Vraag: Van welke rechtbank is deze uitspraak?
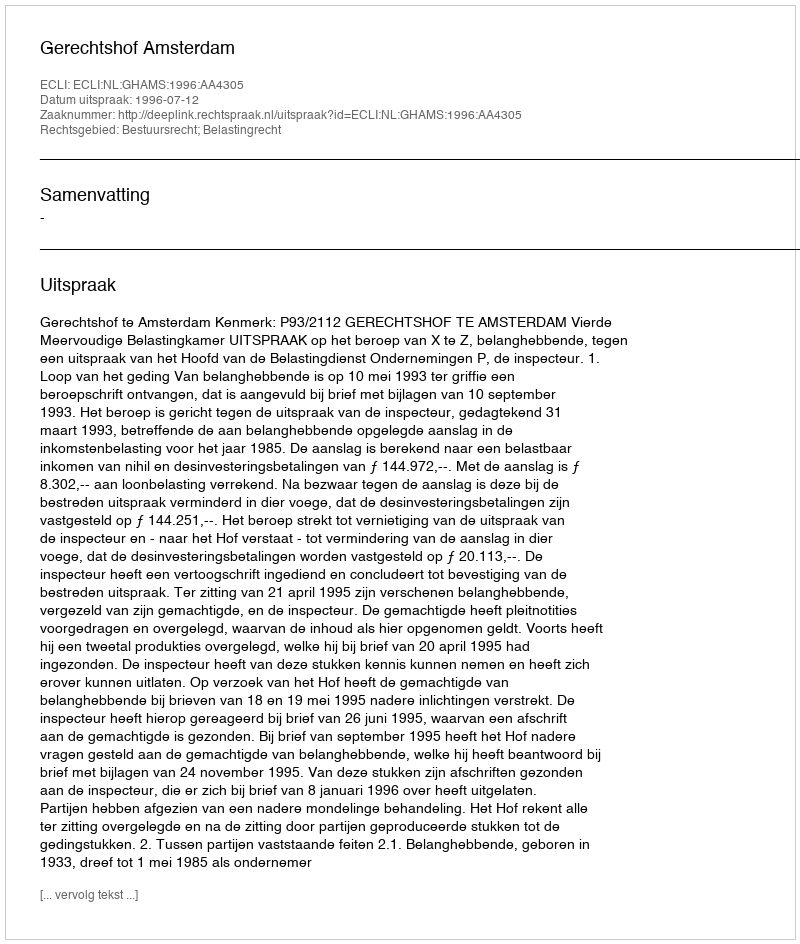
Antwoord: Gerechtshof Amsterdam